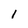
Character: i